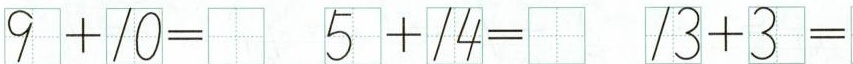
$$9 + 1 0 =$$ $$5 + 1 4 =$$ $$1 3 + 3 =$$